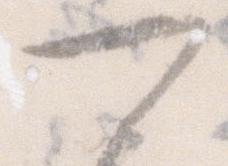
可